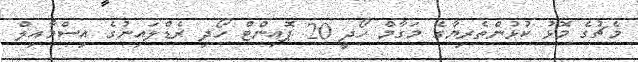
މެޗުގެ މޮޅު ކުޅުންތެރިޔާގެ މަގާމް ހޯދީ 20 ޕޮއިންޓް ހޯދި ރެޑްލައިނުގެ އިސްމާއިލް